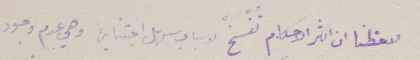
لاحظنا ان اكثر الاحكام تُفْسَخْ لاسباب سهل اجتنابها وهي عدم وجود